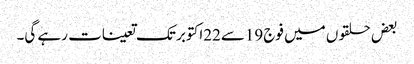
بعض حلقوں میں فوج 19سے22اکتوبر تک تعینات رہے گی۔